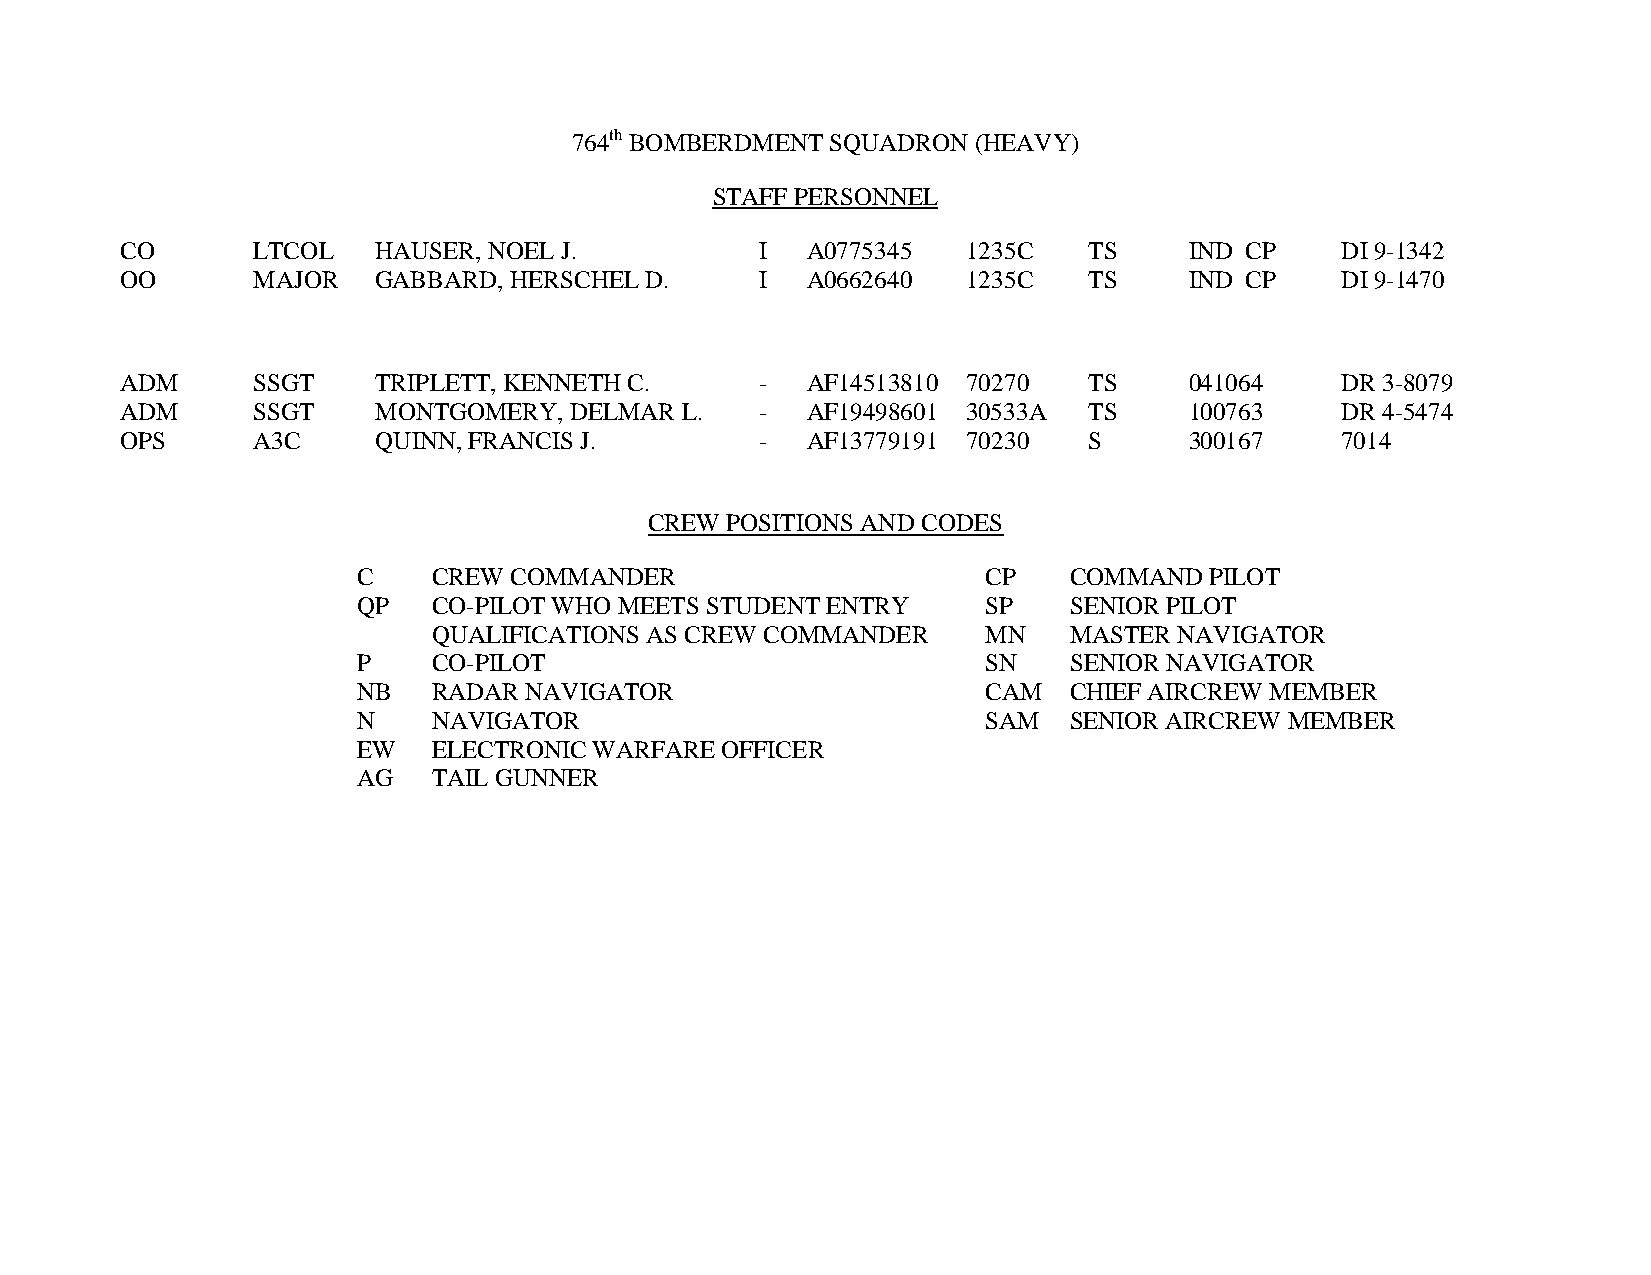
764th BOMBERDMENT SQUADRON (HEAVY)
 STAFF PERSONNEL
 CO       LTCOL   HAUSER, NOEL J.          I  A0775345   1235C   TS     IND CP    DI 9-1342
 OO       MAJOR   GABBARD, HERSCHEL D.     I  A0662640   1235C   TS     IND CP    DI 9-1470
 ADM      SSGT    TRIPLETT, KENNETH C.     -  AF14513810 70270   TS     041064    DR 3-8079
 ADM      SSGT    MONTGOMERY,  DELMAR L.   -  AF19498601 30533A  TS     100763    DR 4-5474
 OPS      A3C     QUINN, FRANCIS J.        -  AF13779191 70230   S      300167    7014
 CREW POSITIONS AND CODES
 C    CREW COMMANDER                      CP    COMMAND  PILOT
 QP   CO-PILOT WHO MEETS STUDENT ENTRY    SP    SENIOR PILOT
 QUALIFICATIONS AS CREW COMMANDER    MN    MASTER NAVIGATOR
 P    CO-PILOT                            SN    SENIOR NAVIGATOR
 NB   RADAR NAVIGATOR                     CAM   CHIEF AIRCREW MEMBER
 N    NAVIGATOR                           SAM   SENIOR AIRCREW MEMBER
 EW   ELECTRONIC WARFARE OFFICER
 AG   TAIL GUNNER